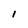
Character: I